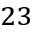
^ { 2 3 }